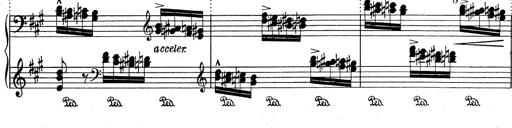
Title: RÃ©miniscences de Don Juan
Composer: Franz Liszt